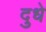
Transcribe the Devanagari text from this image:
दुधे